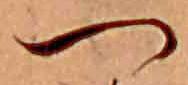
つ